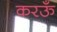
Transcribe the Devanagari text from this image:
करऊँ